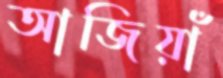
আজিয়াঁ